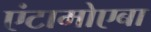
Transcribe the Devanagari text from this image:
एंटामोएबा